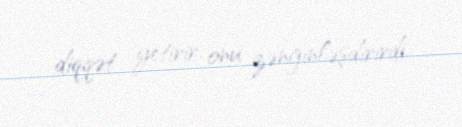
diqqət yetirir, onu zənginləşdirirdi.